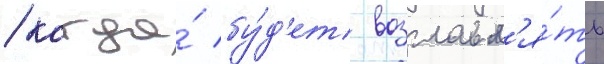
/ когда́ бу́д'ет возглавл'я́ть